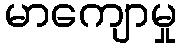
မာကျောမှု